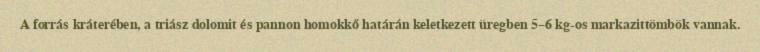
A forrás kráterében, a triász dolomit és pannon homokkő határán keletkezett üregben 5–6 kg-os markazittömbök vannak.